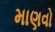
માણવો